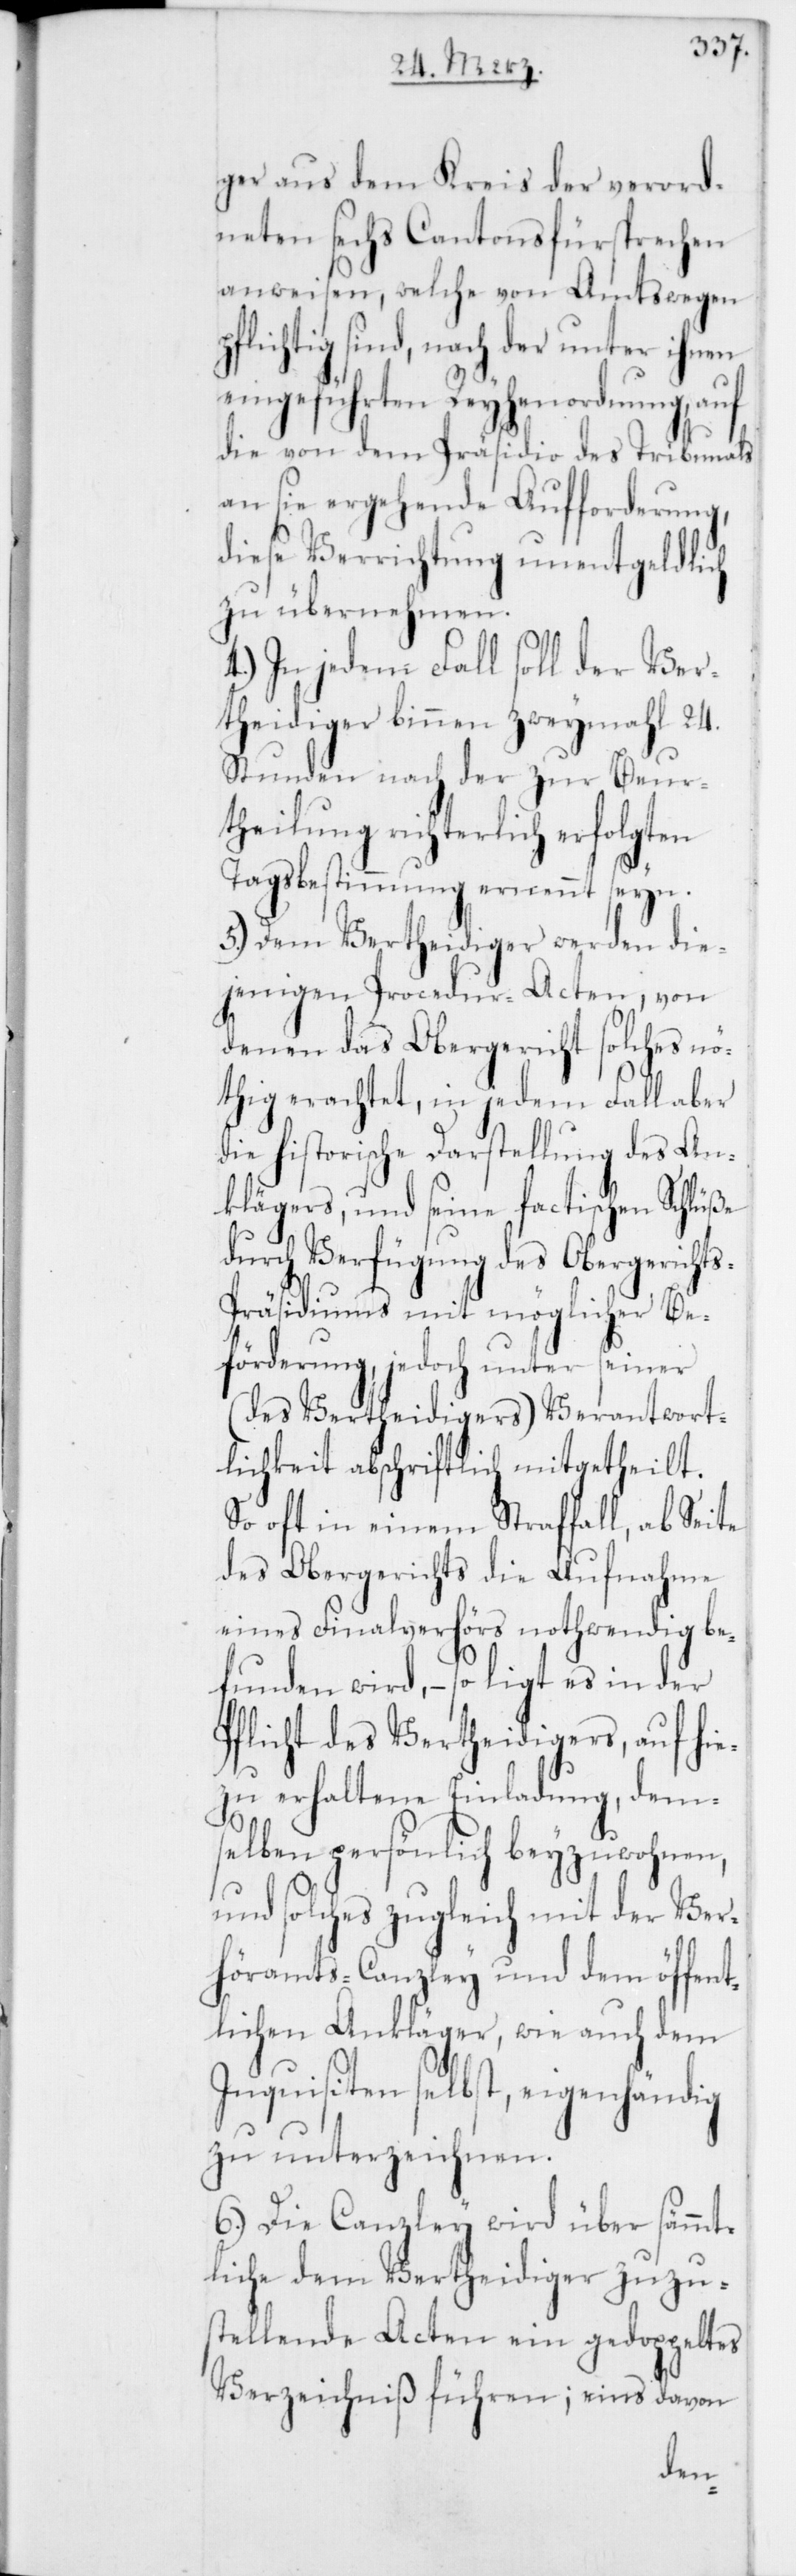
ger aus dem Kreis der verord¬
neten sechs Cantonsfürsprechen
anweisen, welche von Amts wegen p¬
flichtig sind, nach der unter ihnen
eingeführten Reyhenordnung, auf
die von dem Präsidio des Tribunals
an sie ergehende Aufforderung,
diese Verrichtung unentgeldlich
zu übernehmen.
4.) In jedem Fall soll der Ver¬
theidiger binnen zweymahl 24.
Stunden nach der zur Beur¬
theilung richterlich erfolgten
Tagsbestimmung ernennt seyn.
5.) Dem Vertheidiger werden die¬
jenigen Procedur-Acten, von
denen das Obergericht solches nö¬
thig erachtet, in jedem Fall aber
die historische Darstellung des An¬
klägers, und seine factischen Schlüße
durch Verfügung des Obergericht¬
s-Präsidiums mit möglicher Be¬
förderung, jedoch unter seiner
(des Vertheidigers) Verantwort¬
lichkeit abschriftlich mitgetheilt.
So oft in einem Straffall, ab Seite
des Obergerichts die Aufnahme
eines Finalverhörs nothwendig be¬
funden wird, – so ligt es in der
Pflicht des Vertheidigers, auf hi¬
ezu erhaltene Einladung, dem¬
selben persönlich beyzuwohnen,
und solches zugleich mit der Ver¬
höramts-Canzley und dem öffent¬
lichen Ankläger, wie auch dem
Inquisiten selbst, eigenhändig
zu unterzeichnen.
6.) Die Canzley wird über sämmt¬
liche dem Vertheidiger zuzu¬
stellende Acten ein gedoppeltes
Verzeichniß führen; eines davon